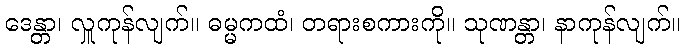
ဒေန္တာ၊ လှူကုန်လျက်။ ဓမ္မကထံ၊ တရားစကားကို။ သုဏန္တာ၊ နာကုန်လျက်။